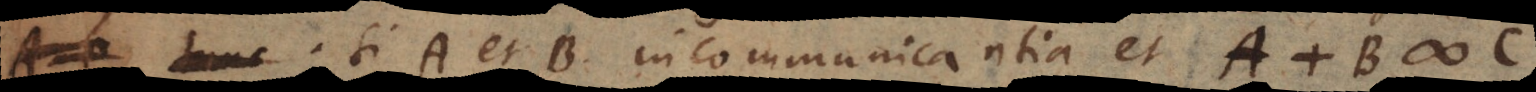
# tunc Si A et B incommunicantia et A + B